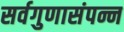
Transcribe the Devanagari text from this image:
सर्वगुणासंपन्न